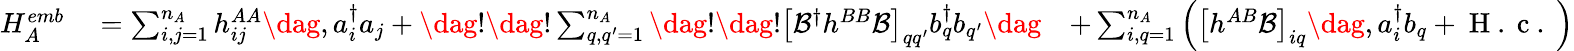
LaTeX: \begin{array}{rlr}{H_{A}^{emb}}&{{}=\sum_{i,j=1}^{n_{A}}h_{ij}^{AA}\dag,a_{i}^{\dagger}a_{j}+\dag!\dag!\sum_{q,q^{\prime}=1}^{n_{A}}\dag!\dag!\left[\mathcal{B}^{\dagger}h^{BB}\mathcal{B}\right]_{qq^{\prime}}b_{q}^{\dagger}b_{q^{\prime}}\dag}&{+\sum_{i,q=1}^{n_{A}}\left(\left[h^{AB}\mathcal{B}\right]_{iq}\dag,a_{i}^{\dagger}b_{q}+\mathrm{~H~.~c~.~}\right)}\end{array}